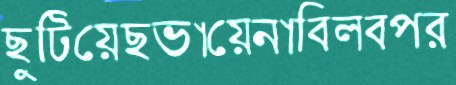
ছুটিয়েছভায়েনাবিলবপর